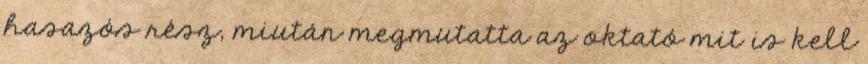
hasazós rész, miután megmutatta az oktató mit is kell